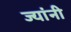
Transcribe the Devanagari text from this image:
ज्‍यांनी